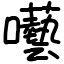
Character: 囈